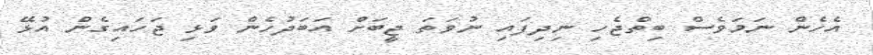
އެހެން ނަމަވެސް ބިތްޖެހި ނިދިފައި ނުވަތަ ޖީބަށް އަބަދުހެން ވަޅި ޖަހައިގެން އުޅޭ